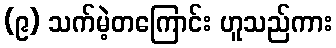
(၉) သက်မဲ့တကြောင်း ဟူသည်ကား